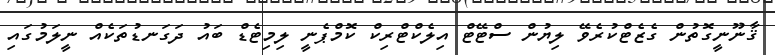
ޤާނޫނީގޮތުން ގެޒެޓްކުރެވޭ ލިޔުން ސްޓޭޓް އިލެކްޓްރިކް ކޮމްޕެނީ ލިމިޓެޑް ބައު ދަގަނޑުތަކެއް ނީލަމުގައި